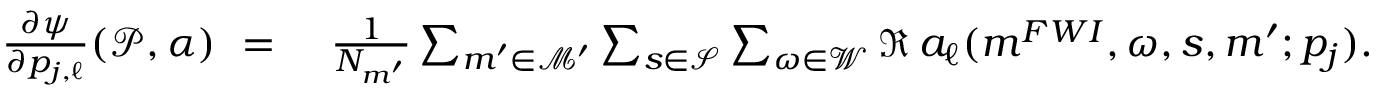
\begin{array} { r l } { \frac { \partial \psi } { \partial p _ { j , \ell } } ( \mathcal { P } , \alpha ) \ = \ } & { \frac { 1 } { N _ { m ^ { \prime } } } \sum _ { \boldsymbol { m } ^ { \prime } \in \mathcal { M ^ { \prime } } } \sum _ { s \in \mathcal { S } } \sum _ { \omega \in \mathcal { W } } \Re \, a _ { \ell } ( \boldsymbol { m } ^ { F W I } , \omega , s , \boldsymbol { m } ^ { \prime } ; p _ { j } ) . } \end{array}